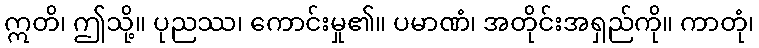
ဣတိ၊ ဤသို့။ ပုညဿ၊ ကောင်းမှု၏။ ပမာဏံ၊ အတိုင်းအရှည်ကို။ ကာတုံ၊